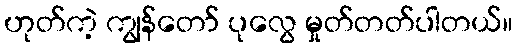
ဟုတ်ကဲ့ ကျွန်တော် ပုလွေ မှုတ်တတ်ပါတယ်။